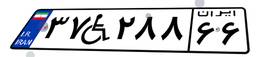
۵۰W۴۵۷۸۶